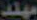
مهند